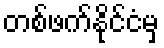
တစ်ဖက်နိုင်ငံမှ